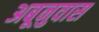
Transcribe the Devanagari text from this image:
अबूनुवास